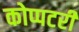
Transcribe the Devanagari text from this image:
कोप्पटरी